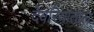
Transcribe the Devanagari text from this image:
देवरियाताल